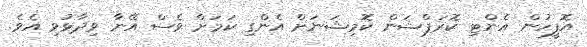
އޮފީހުން އެންޓި ކޮރަޕްޝަން ކޮމިޝަނަށް އެންގި ކަމަށް ވެސް އޭނާ ވިދާޅުވި އެވެ.